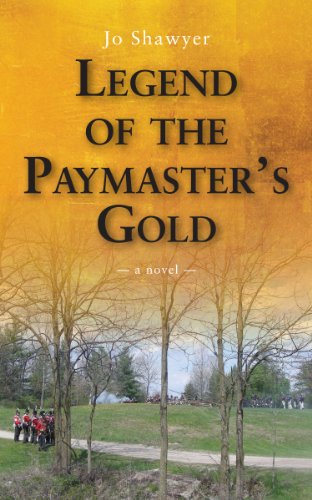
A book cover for Legend of the Paymaster's Gold; Jo Shawyer; Teen & Young Adult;